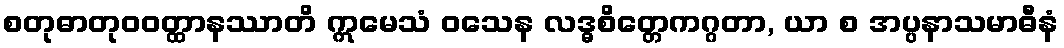
စတုဓာတုဝဝတ္ထာနဿာတိ ဣမေသံ ဝသေန လဒ္ဓစိတ္တေကဂ္ဂတာ, ယာ စ အပ္ပနာသမာဓီနံ